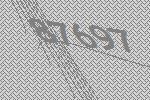
87697